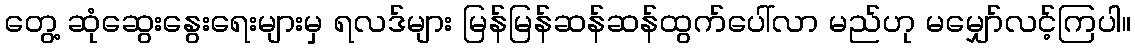
တွေ့ ဆုံဆွေးနွေးရေးများမှ ရလဒ်များ မြန်မြန်ဆန်ဆန်ထွက်ပေါ်လာ မည်ဟု မမျှော်လင့်ကြပါ။